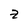
Character: z